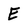
Character: E